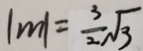
\vert m \vert = \frac { 3 } { 2 } \sqrt { 3 }